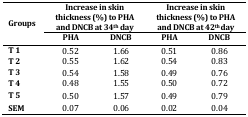
| <ROWSPAN=2> Groups | <COLSPAN=2> Increase in skin thickness (%) to PHA and DNCB at 34th day | <COLSPAN=2> Increase in skin thickness (%) to PHA and DNCB at 42th day |
 | PHA | DNCB | PHA | DNCB |
 | --- | --- | --- | --- | --- |
 | T 1 | 0.52 | 1.66 | 0.51 | 0.86 |
 | T 2 | 0.55 | 1.62 | 0.54 | 0.83 |
 | T 3 | 0.54 | 1.58 | 0.49 | 0.76 |
 | T 4 | 0.48 | 1.55 | 0.50 | 0.72 |
 | T 5 | 0.50 | 1.57 | 0.49 | 0.79 |
 | SEM | 0.07 | 0.06 | 0.02 | 0.04 |